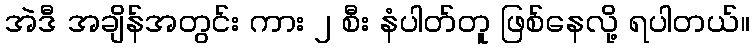
အဲဒီ အချိန်အတွင်း ကား ၂ စီး နံပါတ်တူ ဖြစ်နေလို့ ရပါတယ်။